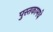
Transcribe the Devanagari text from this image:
पुस्तकामधे